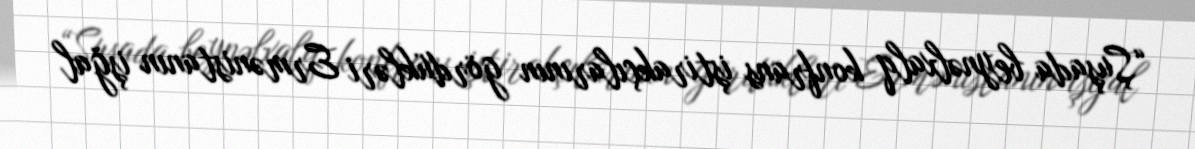
“Şuşada beynəlxalq konfrans iştirakçılarının gördükləri Ermənistanın işğal